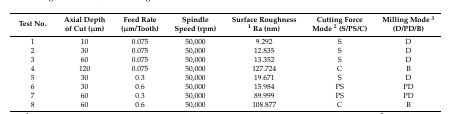
| Test No. | Axial Depth of Cut (μm) | Feed Rate (μm/Tooth) | Spindle Speed (rpm) | Surface Roughness 1 Ra (nm) | Cutting Force Mode 2 (S/PS/C) | Milling Mode 3 (D/PD/B) |
 | --- | --- | --- | --- | --- | --- | --- |
 | 1 | 10 | 0.075 | 50,000 | 9.292 | S | D |
 | 2 | 30 | 0.075 | 50,000 | 12.835 | S | D |
 | 3 | 60 | 0.075 | 50,000 | 13.352 | S | D |
 | 4 | 120 | 0.075 | 50,000 | 127.724 | C | B |
 | 5 | 30 | 0.3 | 50,000 | 19.671 | S | D |
 | 6 | 30 | 0.6 | 50,000 | 15.984 | PS | PD |
 | 7 | 60 | 0.3 | 50,000 | 89.999 | PS | PD |
 | 8 | 60 | 0.6 | 50,000 | 108.877 | C | B |